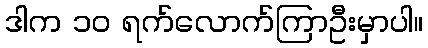
ဒါက ၁၀ ရက်လောက်ကြာဦးမှာပါ။